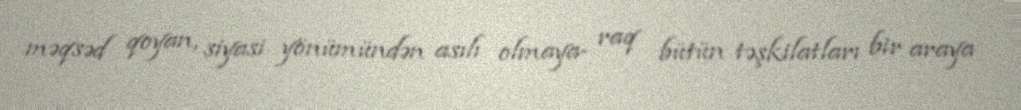
məqsəd qoyan, siyasi yönümündən asılı olmaya- raq bütün təşkilatları bir araya